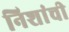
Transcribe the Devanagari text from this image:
निशांची